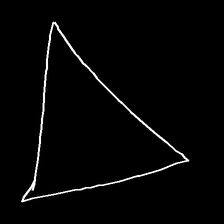
Glyph: convergence